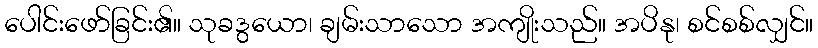
ပေါင်းဖော်ခြင်း၏။ သုခဒွယော၊ ချမ်းသာသော အကျိုးသည်။ အပိနု၊ စင်စစ်လျှင်။